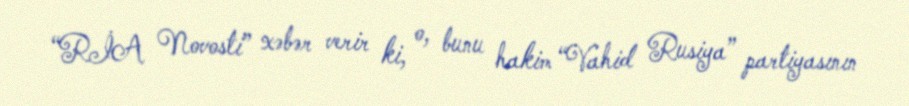
“RİA Novosti” xəbər verir ki, o, bunu hakim “Vahid Rusiya” partiyasının